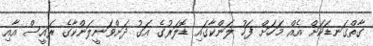
ގާތްގަނޑަކަށް އެއް މަހަށް ފަހު ލަންކާގައި ޑޮލަރުގެ އަގު ދަށްވަނީލަންކާގެ ރައީސް އާއި